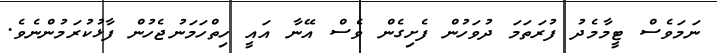
ނަމަވެސް ޓީމާމެދު ފުރަތަމަ ދުވަހުން ފެށިގެން ވެސް އޭނާ އައީ ހިތްހަމަނުޖެހުން ފާޅުކުރަމުންނެވެ.